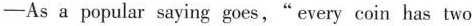
-As a popular saying goes,"every coin has two